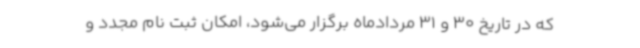
که در تاریخ 30 و 31 مردادماه برگزار می‌شود، امکان ثبت نام مجدد و